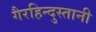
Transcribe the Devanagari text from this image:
गैरहिन्दुस्तानी